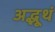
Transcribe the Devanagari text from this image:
अद्भूथं